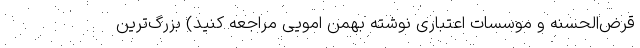
قرض‌الحسنه و موسسات اعتباری نوشته بهمن امویی مراجعه کنید) بزرگ‌ترین